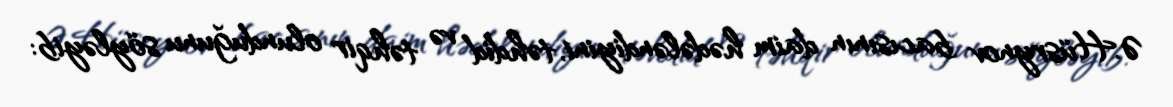
Ə.Hüsrynov bacısının daim hədələndiyini, təhdid və təhqir olunduğunu söyləyib: